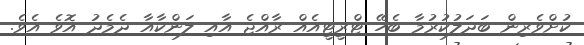
ކުށްވެރިން ބަދަލުކުރުމާ ބެހޭ ޓްރީޓީއެއް ރާއްޖެ އާއި ލަންކާއާ ދެމެދު އޮވެ އެވެ.